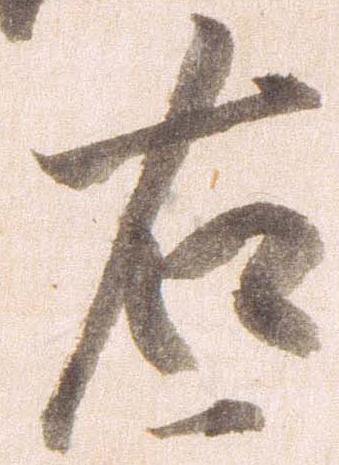
右